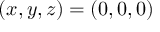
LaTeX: ( x , y , z ) = ( 0 , 0 , 0 )